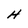
Character: H